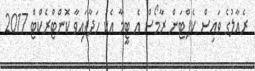
ރެއާލުގެ ވައިސް ކެޕްޓަން ރާމޯސް އެ ޓީމާ އެކު ހަދާފައިވާ ކޮންޓްރެކްޓް 2017